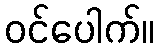
ဝင်ပေါက်။